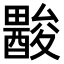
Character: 𨢽